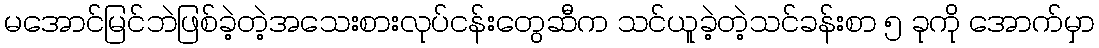
မအောင်မြင်ဘဲဖြစ်ခဲ့တဲ့အသေးစားလုပ်ငန်းတွေဆီက သင်ယူခဲ့တဲ့သင်ခန်းစာ ၅ ခုကို အောက်မှာ